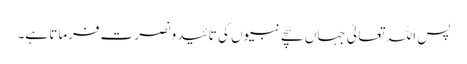
پس اللہ تعالیٰ جہاں سچے نبیوں کی تائید و نصرت فرماتا ہے۔